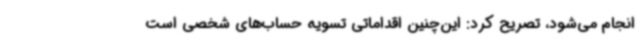
انجام می‌شود، تصریح کرد: این‌چنین اقداماتی تسویه حساب‌های شخصی است